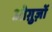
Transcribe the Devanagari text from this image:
ओग़ुज़ों